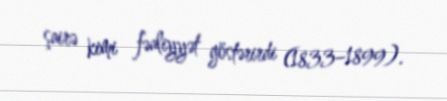
şairə kimi fəaliyyət göstərirdi (1833–1899).